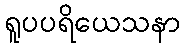
ရူပပရိယေသနာ